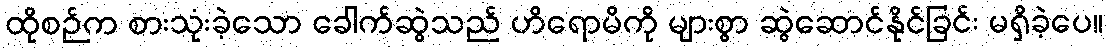
ထိုစဉ်က စားသုံးခဲ့သော ခေါက်ဆွဲသည် ဟိရောမိကို များစွာ ဆွဲဆောင်နိုင်ခြင်း မရှိခဲ့ပေ။